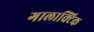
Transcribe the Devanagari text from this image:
गालाक्टिक